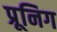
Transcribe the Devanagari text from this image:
प्रूनिग